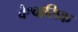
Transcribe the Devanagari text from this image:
वैश्वासिक